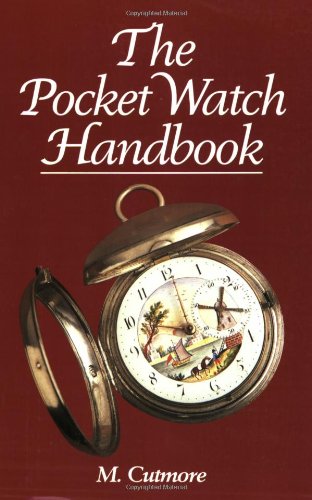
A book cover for The Pocket Watch Handbook; M. Cutmore; Crafts, Hobbies & Home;